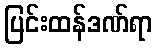
ပြင်းထန်ဒဏ်ရာ